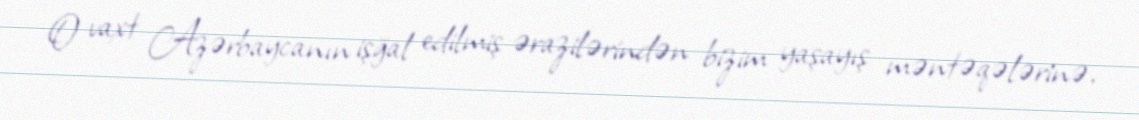
O vaxt Azərbaycanın işğal edilmiş ərazilərindən bizim yaşayış məntəqələrinə,